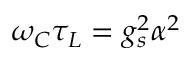
\omega _ { C } \tau _ { L } = g _ { s } ^ { 2 } \alpha ^ { 2 }